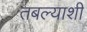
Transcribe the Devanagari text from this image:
तबल्याशी